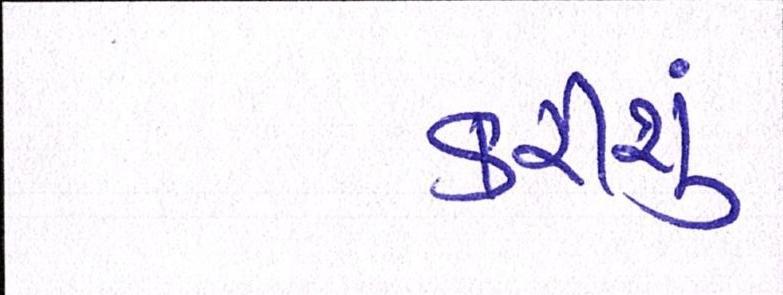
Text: કરીશું